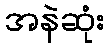
အနဲဆုံး